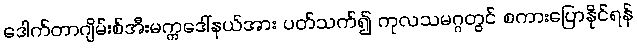
ဒေါက်တာဂျိမ်းစ်အီးမက္ကဒေါ်နယ်အား ပတ်သက်၍ ကုလသမဂ္ဂတွင် စကားပြောနိုင်ရန်